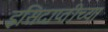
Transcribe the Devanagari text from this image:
इसिदाप्तीच्या